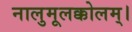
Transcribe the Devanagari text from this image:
नालुमूलक्कोलम्।